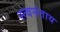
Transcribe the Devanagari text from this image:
स्त्वनंताय